Indian journal of veterinary science and animal husbandry - Volumes 22-23, 1952-1953
Year: 1952
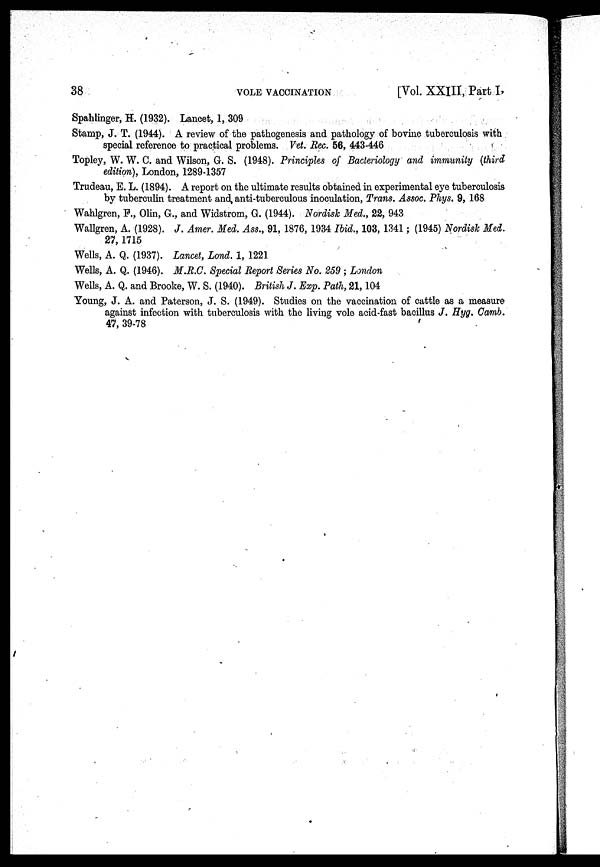
38
VOLE
VACCINATION
[Vol. XXIII, Part I,
Spahlinger, H. (1932). Lancet, 1, 309
Stamp, J. T. (1944). A review of the pathogenesis and pathology of bovine tuberculosis with
special reference to practical problems. Vet. Rec. 56, 443-446
Topley, W. W. C. and Wilson, G. S. (1948). Principles of Bacteriology and immunity (third
edition), London, 1289-1357
Trudeau, E. L. (1894). A report on the ultimate results obtained in experimental eye tuberculosis
by tuberculin treatment and anti-tuberculous inoculation, Trans. Assoc. Phys. 9, 168
Wahlgren, F., Olin, G., and Widstrom, G. (1944). Nordisk Med., 22, 943
Wallgren, A. (1928). J. Amer. Med. Ass., 91, 1876, 1934 Ibid., 103, 1341; (1945) Nordisk Med.
27, 1715
Wells, A. Q. (1937). Lancet, Lond. 1, 1221
Wells, A. Q. (1946). M.R.C. Special Report Series No. 259; London
Wells, A. Q. and Brooke, W. S. (1940). British J. Exp. Path, 21, 104
Young, J. A. and Paterson, J. S. (1949). Studies on the vaccination of cattle as a measure
against infection with tuberculosis with the living vole acid-fast bacillus J. Hyg. Camb.
47, 39-78